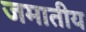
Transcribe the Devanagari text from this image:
जमातीय